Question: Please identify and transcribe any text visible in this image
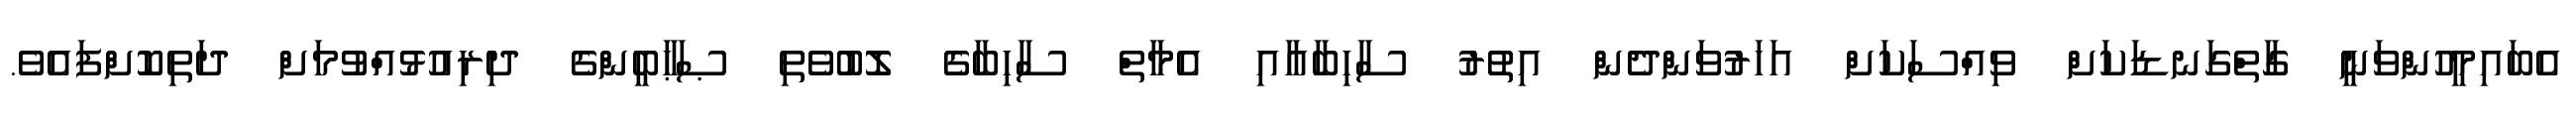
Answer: އެބައިމީހުންވަނީ ގާތްގަނޑަކަށް ވިއްސަކަށް އަހަރުވަންދެން އިތުރު ސާހިބާއާއި އެމާތް ސާހިބާގެ ލޮބުވެތި ޞަޙާބީންގެ ދިރިއުޅުއްވުމަށް ދަތިކޮށްފައެވެ.